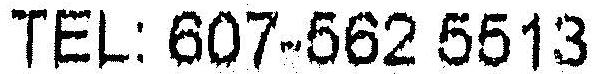
TEL: 607-562 5513